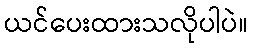
ယင်ပေးထားသလိုပါပဲ။